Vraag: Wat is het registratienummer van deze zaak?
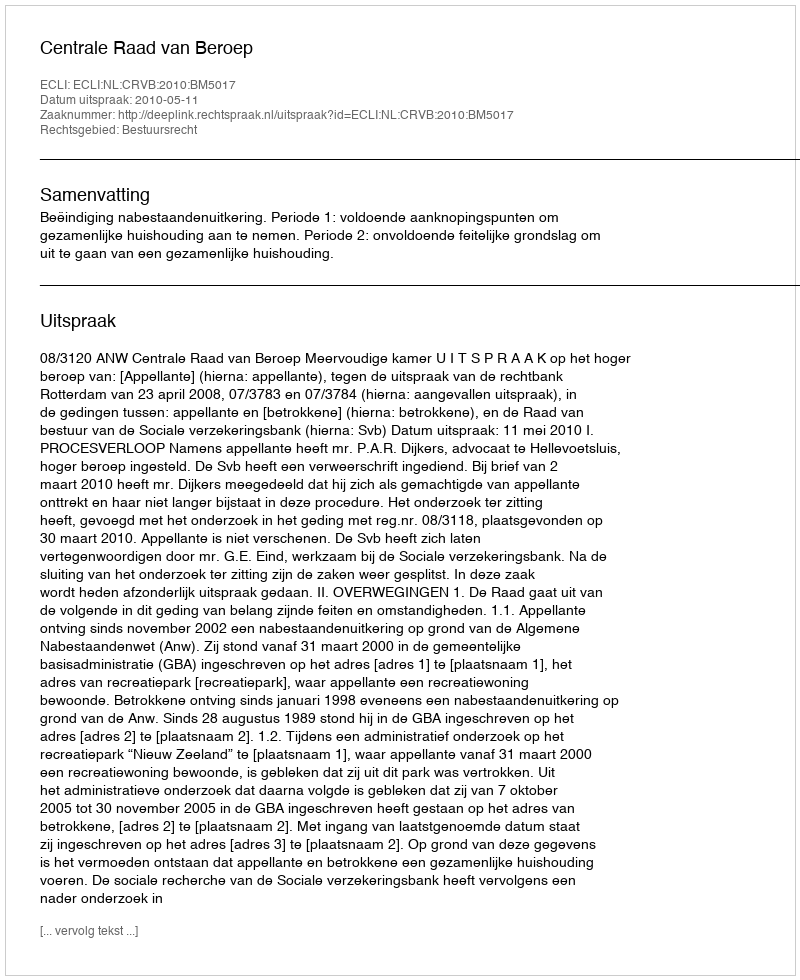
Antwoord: http://deeplink.rechtspraak.nl/uitspraak?id=ECLI:NL:CRVB:2010:BM5017